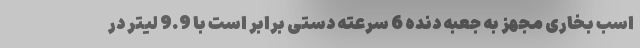
اسب بخاری مجهز به جعبه دنده 6 سرعته دستی برابر است با 9.9 لیتر در